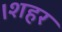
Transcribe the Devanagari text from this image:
।शहर